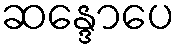
ဆန္ဒောပေ